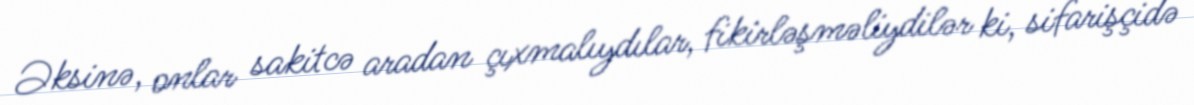
Əksinə, onlar sakitcə aradan çıxmalıydılar, fikirləşməliydilər ki, sifarişçidə